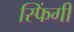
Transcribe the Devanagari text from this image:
स्फिंगी